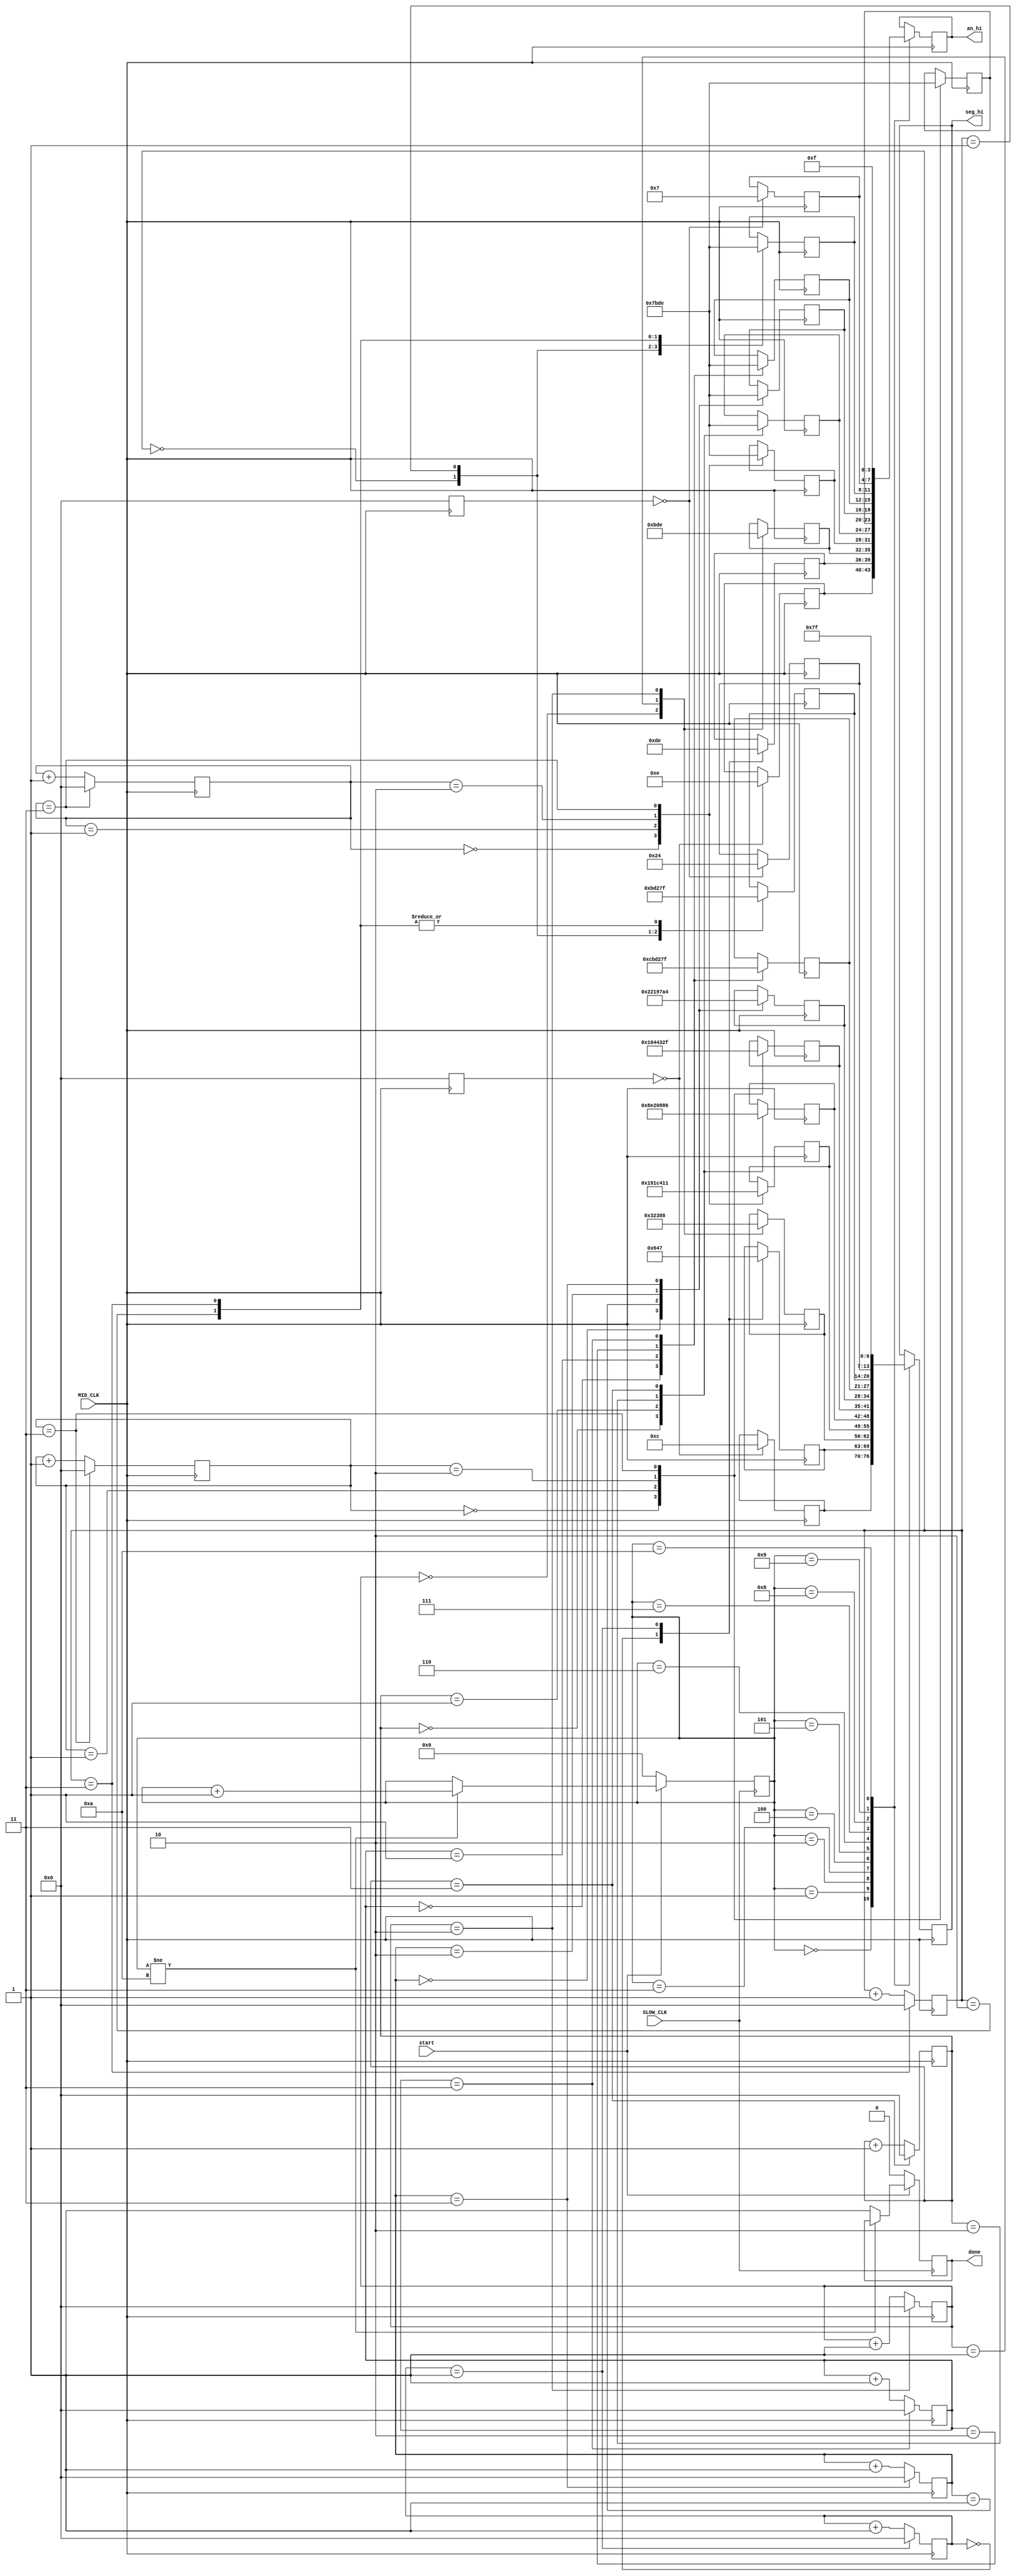
`timescale 1ns / 1ps


module prompt_player2(input MID_CLK, SLOW_CLK, start,  output reg [3:0] an_hi = 0, output reg [6:0] seg_hi = 0, output reg done = 0);

reg[4:0] sequence = 0;
reg[6:0] s1, s2, s3,s4, s5, s6, s7, s8, s9, s10;
reg [3:0] an_hi1, an_hi2, an_hi3, an_hi4, an_hi5, an_hi6, an_hi7, an_hi8, an_hi9,
          an_hi10;
reg [6:0] seg_hi1, seg_hi2, seg_hi3, seg_hi4, seg_hi5, seg_hi6, seg_hi7, seg_hi8, seg_hi9,
          seg_hi10;

reg[6:0] empty_char = 7'b1111111,
                      p_char = 7'b0001100, l_char = 7'b1000111, a_char = 7'b0001000, y_char = 7'b0010001, e_char = 7'b0000110, 
                      r_char = 7'b0101111, char_2 = 7'b0100100;               

always@ (posedge SLOW_CLK) begin

    if(start) begin
    
        if(sequence != 5'b01010)//tbc
            sequence <= sequence + 1;
        else
            done <= 1;
    end
    else begin
        sequence <= 0;
        done <= 0;
    end
end

always@ (posedge MID_CLK) begin
    
    s1 <= 0;
    s2 <= (s2 == 1) ? 0 : s2 + 1;
    s3 <= (s3 == 2) ? 0 : s3 + 1;
    s4 <= (s4 == 3) ? 0 : s4 + 1;
    s5 <= (s5 == 3) ? 0 : s5 + 1;
    s6 <= (s6 == 3) ? 0 : s6 + 1;
    s7 <= (s7 == 3) ? 0 : s7 + 1;
    s8 <= (s8 == 3) ? 0 : s8 + 1;
    s9 <= (s9 == 3) ? 0 : s9 + 1;
    s10 <= 0;
    case(sequence)
    0: begin
       an_hi[3:0] <= an_hi1[3:0];
       seg_hi[6:0] <= seg_hi1[6:0]; 
       end
    1: begin
       an_hi[3:0] <= an_hi2[3:0];
       seg_hi[6:0] <= seg_hi2[6:0]; 
       end       
    2: begin
       an_hi[3:0] <= an_hi3[3:0];
       seg_hi[6:0] <= seg_hi3[6:0]; 
       end        
    3: begin
       an_hi[3:0] <= an_hi4[3:0];
       seg_hi[6:0] <= seg_hi4[6:0]; 
       end
    4: begin
       an_hi[3:0] <= an_hi5[3:0];
       seg_hi[6:0] <= seg_hi5[6:0]; 
       end  
    5: begin
       an_hi[3:0] <= an_hi6[3:0];
       seg_hi[6:0] <= seg_hi6[6:0]; 
       end               
    6: begin
       an_hi[3:0] <= an_hi7[3:0];
       seg_hi[6:0] <= seg_hi7[6:0]; 
       end     
    7: begin
       an_hi[3:0] <= an_hi8[3:0];
       seg_hi[6:0] <= seg_hi8[6:0]; 
       end                    
    8: begin
       an_hi[3:0] <= an_hi9[3:0];
       seg_hi[6:0] <= seg_hi9[6:0]; 
       end 
    9: begin
       an_hi[3:0] <= an_hi10[3:0];
       seg_hi[6:0] <= seg_hi10[6:0]; 
       end            
    10: begin
       an_hi[3:0] <= 4'b1111;
       seg_hi[6:0] <= 7'b1111111;  
       end      
    endcase
     
   case(s1)        
   0: begin
      seg_hi1[6:0] <= p_char; 
      an_hi1[3:0] <= 4'b1110; 
      end 
             
   endcase 
   case(s2)       
       0: begin
          seg_hi2[6:0] <= p_char; 
          an_hi2[3:0] <= 4'b1101; 
          end 
       1: begin
             seg_hi2[6:0] <= l_char; 
             an_hi2[3:0] <= 4'b1110; 
             end 
   endcase

   case(s3)       
       0: begin
          seg_hi3[6:0] <= p_char; 
          an_hi3[3:0] <= 4'b1011; 
          end 
       1: begin
             seg_hi3[6:0] <= l_char; 
             an_hi3[3:0] <= 4'b1101; 
             end 
       2: begin
             seg_hi3[6:0] <= a_char; 
             an_hi3[3:0] <= 4'b1110; 
             end              
   endcase
   case(s4)       
       0: begin
          seg_hi4[6:0] <= p_char; 
          an_hi4[3:0] <= 4'b0111; 
          end 
       1: begin
             seg_hi4[6:0] <= l_char; 
             an_hi4[3:0] <= 4'b1011; 
             end 
       2: begin
             seg_hi4[6:0] <= a_char; 
             an_hi4[3:0] <= 4'b1101; 
             end
       3: begin
             seg_hi4[6:0] <= y_char; 
             an_hi4[3:0] <= 4'b1110;              
             end              
   endcase
   case(s5)       
       0: begin
          seg_hi5[6:0] <= l_char; 
          an_hi5[3:0] <= 4'b0111; 
          end 
       1: begin
             seg_hi5[6:0] <= a_char; 
             an_hi5[3:0] <= 4'b1011; 
             end 
       2: begin
             seg_hi5[6:0] <= y_char; 
             an_hi5[3:0] <= 4'b1101; 
             end
       3: begin
             seg_hi5[6:0] <= e_char; 
             an_hi5[3:0] <= 4'b1110;              
             end              
   endcase   
   case(s6)       
       0: begin
          seg_hi6[6:0] <= a_char; 
          an_hi6[3:0] <= 4'b0111; 
          end 
       1: begin
             seg_hi6[6:0] <= y_char; 
             an_hi6[3:0] <= 4'b1011; 
             end 
       2: begin
             seg_hi6[6:0] <= e_char; 
             an_hi6[3:0] <= 4'b1101; 
             end
       3: begin
             seg_hi6[6:0] <= r_char; 
             an_hi6[3:0] <= 4'b1110;              
             end                          
   endcase    
   case(s7)       
       0: begin
          seg_hi7[6:0] <= y_char; 
          an_hi7[3:0] <= 4'b0111; 
          end 
       1: begin
             seg_hi7[6:0] <= e_char; 
             an_hi7[3:0] <= 4'b1011; 
             end 
       2: begin
             seg_hi7[6:0] <= r_char; 
             an_hi7[3:0] <= 4'b1101; 
             end
       3: begin
             seg_hi7[6:0] <= char_2; 
             an_hi7[3:0] <= 4'b1110;              
             end              
   endcase   
   case(s8)       
       0: begin
          seg_hi8[6:0] <= e_char; 
          an_hi8[3:0] <= 4'b0111; 
          end 
       1: begin
             seg_hi8[6:0] <= r_char; 
             an_hi8[3:0] <= 4'b1011; 
             end 
       2: begin
             seg_hi8[6:0] <= char_2; 
             an_hi8[3:0] <= 4'b1101; 
             end
       3: begin
             seg_hi8[6:0] <= empty_char; 
             an_hi8[3:0] <= 4'b1110;              
             end              
   endcase   
   case(s9)       
       0: begin
          seg_hi9[6:0] <= r_char; 
          an_hi9[3:0] <= 4'b0111; 
          end 
       1: begin
             seg_hi9[6:0] <= char_2; 
             an_hi9[3:0] <= 4'b1011; 
             end 
       2: begin
             seg_hi9[6:0] <= empty_char; 
             an_hi9[3:0] <= 4'b1101; 
             end
       3: begin
             seg_hi9[6:0] <= empty_char; 
             an_hi9[3:0] <= 4'b1110;              
             end              
   endcase 
   case(s10)       
       0: begin
          an_hi10[3:0] <= 4'b0111; 
          seg_hi10[6:0] <= char_2;
          end          
   endcase        
end   
endmodule